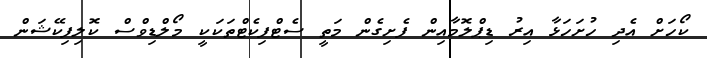
ކޯހަށް އެދި ހުށަހަޅާ އިރު ޑިޕްލޮމާއިން ފެށިގެން މަތީ ސެޓްފިކެޓްތަކަކީ މޯލްޑިވްސް ކޮލިފިކޭޝަން